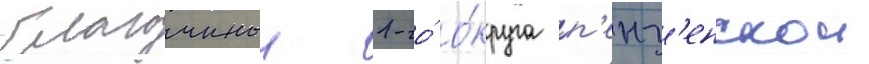
благочинныи 1-го́ о́круга п'енз'енскои